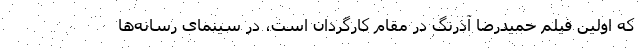
که اولین فیلم حمیدرضا آذرنگ در مقام کارگردان است، در سینمای رسانه‌ها